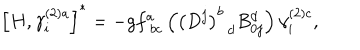
LaTeX: \left[ H , \gamma _ { i } ^ { \left( 2 \right) a } \right] ^ { * } = - g f _ { \; b c } ^ { a } \left( \left( D ^ { j } \right) _ { \; \; d } ^ { b } B _ { 0 j } ^ { d } \right) \gamma _ { i } ^ { \left( 2 \right) c } ,